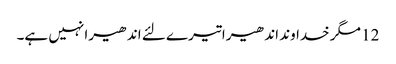
12 مگر خداوند اندھیرا تیرے لئے اندھیرا نہیں ہے۔